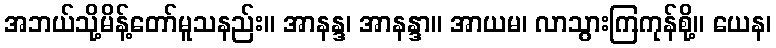
အဘယ်သို့မိန့်တော်မူသနည်း။ အာနန္ဒ၊ အာနန္ဒာ။ အာယမ၊ လာသွားကြကုန်စို့။ ယေန၊